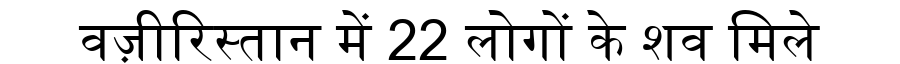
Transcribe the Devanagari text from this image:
वज़ीरिस्तान में 22 लोगों के शव मिले